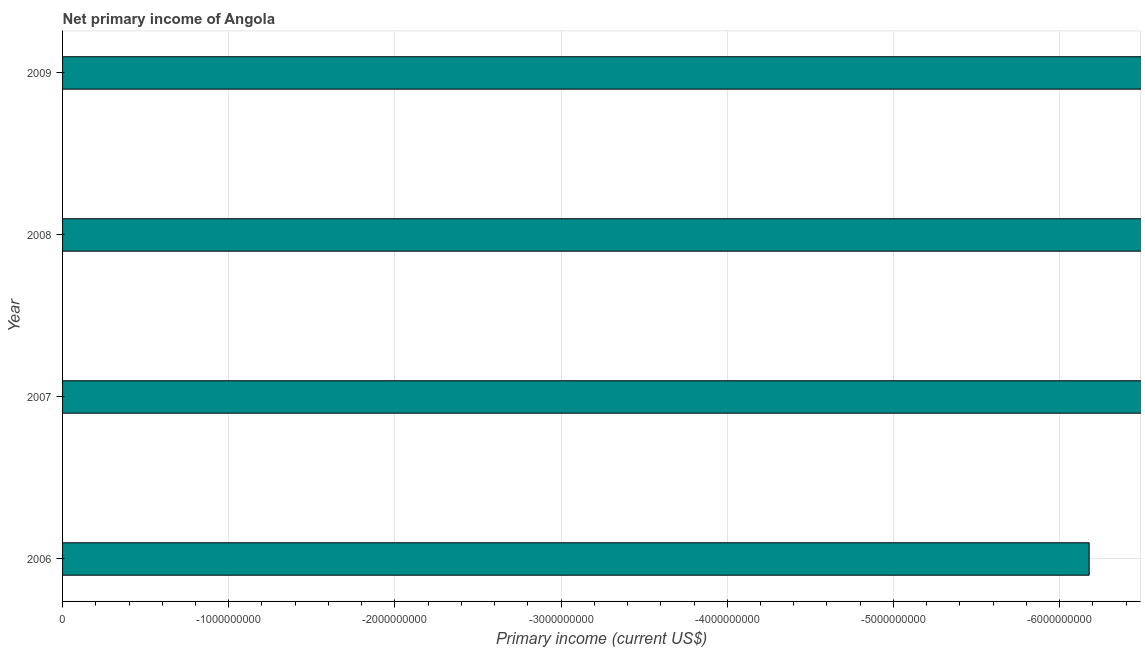
| Year | Net primary income |
 | --- | --- |
 | 2006 | -6.18e+09 |
 | 2007 | -7.6e+09 |
 | 2008 | -1.37e+10 |
 | 2009 | -6.82e+09 |